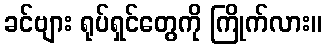
ခင်ဗျား ရုပ်ရှင်တွေကို ကြိုက်လား။